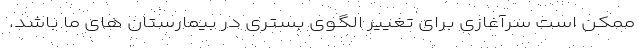
ممکن است سرآغازی برای تغییر الگوی بستری در بیمارستان های ما باشد.